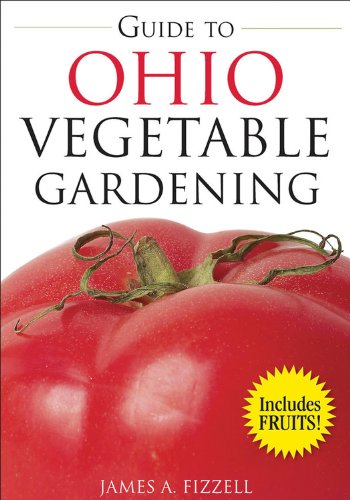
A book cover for Guide to Ohio Vegetable Gardening (Vegetable Gardening Guides); James Fizzell; Crafts, Hobbies & Home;